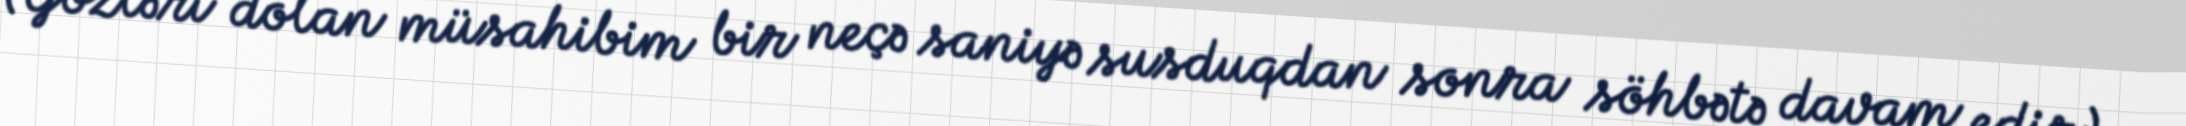
(Gözləri dolan müsahibim bir neçə saniyə susduqdan sonra söhbətə davam edir)